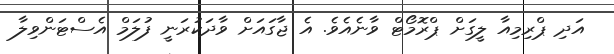
އަދި ޕްރިމިއާ ލީގަށް ޕްރޮމޯޓް ވާނެއެވެ. އެ ޖާގައަށް ވާދަކުރަނީ ފުލަމް އެސްޓަންވިލާ